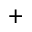
^ +